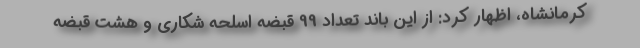
کرمانشاه، اظهار کرد: از این باند تعداد 99 قبضه اسلحه شکاری و هشت قبضه